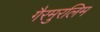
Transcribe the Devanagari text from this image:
गैरमुरलिम